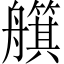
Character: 𦪵